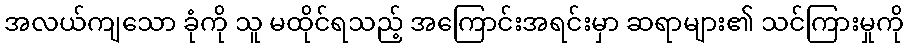
အလယ်ကျသော ခုံကို သူ မထိုင်ရသည့် အကြောင်းအရင်းမှာ ဆရာများ၏ သင်ကြားမှုကို